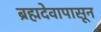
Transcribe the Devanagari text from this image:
ब्रह्मदेवापासून